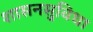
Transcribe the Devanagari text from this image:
शासनसुविधा